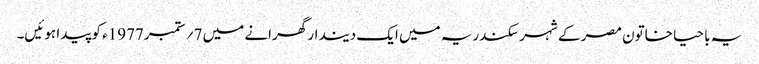
یہ با حیا خاتون مصر کے شہر سکندریہ میں ایک دیندار گھرانے میں 7؍ ستمبر1977ء کو پیدا ہوئیں۔